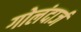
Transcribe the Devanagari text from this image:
गोलंदार्ज